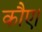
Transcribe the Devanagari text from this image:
कौए।